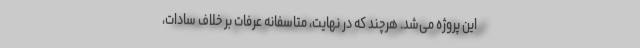
این پروژه می‌شد. هرچند که در نهایت، متاسفانه عرفات بر خلاف سادات،